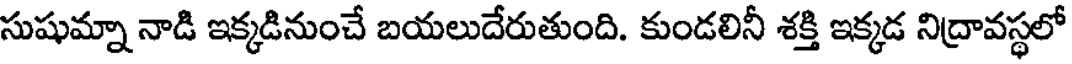
సుషుమ్నా నాడి ఇక్కడినుంచే బయలుదేరుతుంది. కుండలినీ శక్తి ఇక్కడ నిద్రావస్థలో